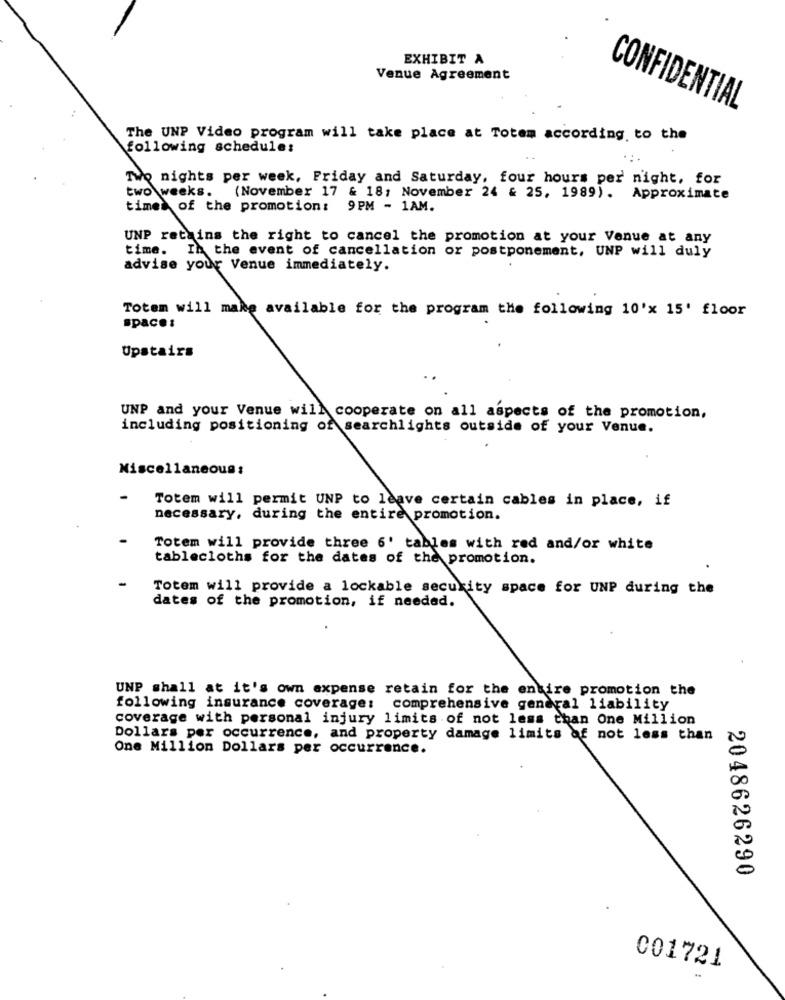
EXHIBIT A
Venue Agreement
CONFIDENTIAL
The UNP Video program will take place at Totem according to the
following schedule:
Two nights per week, Friday and Saturday, four hours per night, for
two weeks. (November 17 & 18; November 24 & 25, 1989). Approximate
times of the promotion: 9PM - 1AM.
UNP retains the right to cancel the promotion at your Venue at any
time. In the event of cancellation or postponement, UNP will duly
advise your Venue immediately.
Totem will make available for the program the following 10'x 15' floor
space:
Upstairs
UNP and your Venue will cooperate on all aspects of the promotion,
including positioning of searchlights outside of your Venue.
Miscellaneous:
Totem will permit UNP to leave certain cables in place, if
necessary, during the entire promotion.
Totem will provide three 6' tables with red and/or white
tablecloths for the dates of the promotion.
Totem will provide a lockable security space for UNP during the
dates of the promotion, if needed.
UNP shall at it's own expense retain for the entire promotion the
following insurance coverage: comprehensive general liability
coverage with personal injury limits of not less than One Million
Dollars per occurrence, and property damage limits of not less than
One Million Dollars per occurrence.
2048626290
001721